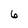
Character: 6